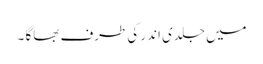
میں جلدی اندر کی طرف بھاگا ۔